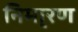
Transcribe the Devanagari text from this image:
निमा्रण